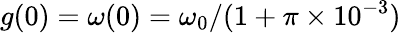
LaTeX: g(0)=\omega(0)=\omega_{0}/(1+\pi\times 10^{-3})